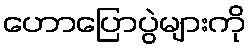
ဟောပြောပွဲများကို